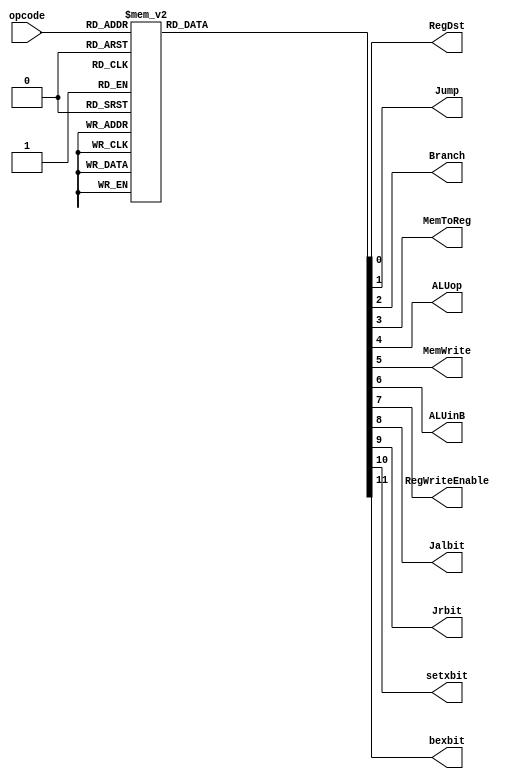
module control_circuit(
input [4:0]opcode ,
output RegDst,Jump,Branch,MemToReg,ALUop,MemWrite,ALUinB,
	 RegWriteEnable,Jalbit,Jrbit,setxbit,bexbit
);

parameter Rtype =5'b00000,addi=5'b00101,sw=5'b00111,lw=5'b01000,j=5'b00001,bne=5'b00010,
			jal=5'b00011,	jr=5'b00100,blt=5'b00110,bex=5'b10110,setx=5'b10101;
//parameter j=5'b00001,bne=5'b00010,jal=5'b00011,jr=5'b00100,blt=5'b00110,
//			 bex=5'b10110,setx=5'b10101 ;//This will be used in Full processor
reg [11:0] out;
assign RegDst = out[0];
assign Jump = out[1];
assign Branch = out[2];
assign MemToReg = out[3];
assign ALUop = out[4];
assign MemWrite = out[5];
assign ALUinB = out[6];
assign RegWriteEnable = out[7];
assign Jalbit = out[8];
assign Jrbit=out[9];
assign setxbit=out[10];
assign bexbit=out[11];

always @ (opcode)
begin
 case (opcode)
 Rtype:out=12'b0000_1001_0000;
 addi:out=12'b0000_1100_0001;
 sw:out=12'b0000_0110_0001;
 lw:out=12'b0000_1100_1001;
 j:out=12'b0000_0000_0010;
 bne:out=12'b0000_0000_0101;
 blt:out=12'b0000_0000_0101;
 jal:out=12'b0001_1000_0000;
 jr:out=12'b0010_0000_0001;
 bex:out=12'b1000_0000_0000;
 setx:out=12'b0100_1000_0000;
 
 default:out=12'b000000000000;
 
 endcase
end
endmodule